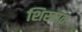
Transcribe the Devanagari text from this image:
शिखात